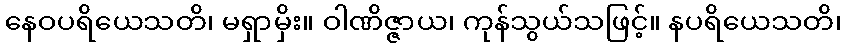
နေဝပရိယေသတိ၊ မရှာမှိး။ ဝါဏိဇ္ဇာယ၊ ကုန်သွယ်သဖြင့်။ နပရိယေသတိ၊